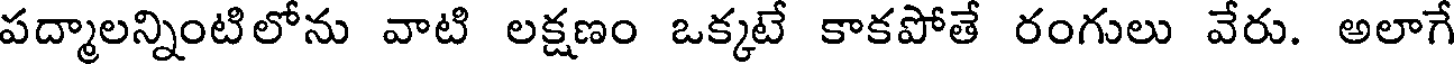
పద్మాలన్నింటిలోను వాటి లక్షణం ఒక్కటే కాకపోతే రంగులు వేరు. అలాగే